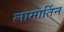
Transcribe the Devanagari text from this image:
लामार्तिन